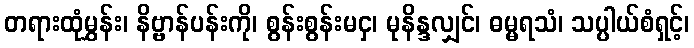
တရားထုံမွှန်း၊ နိဗ္ဗာန်ပန်းကို၊ စွန်းစွန်းမငှ၊ မုနိန္ဒလျှင်၊ ဓမ္မရသံ၊ သပ္ပါယ်စံရှင့်၊